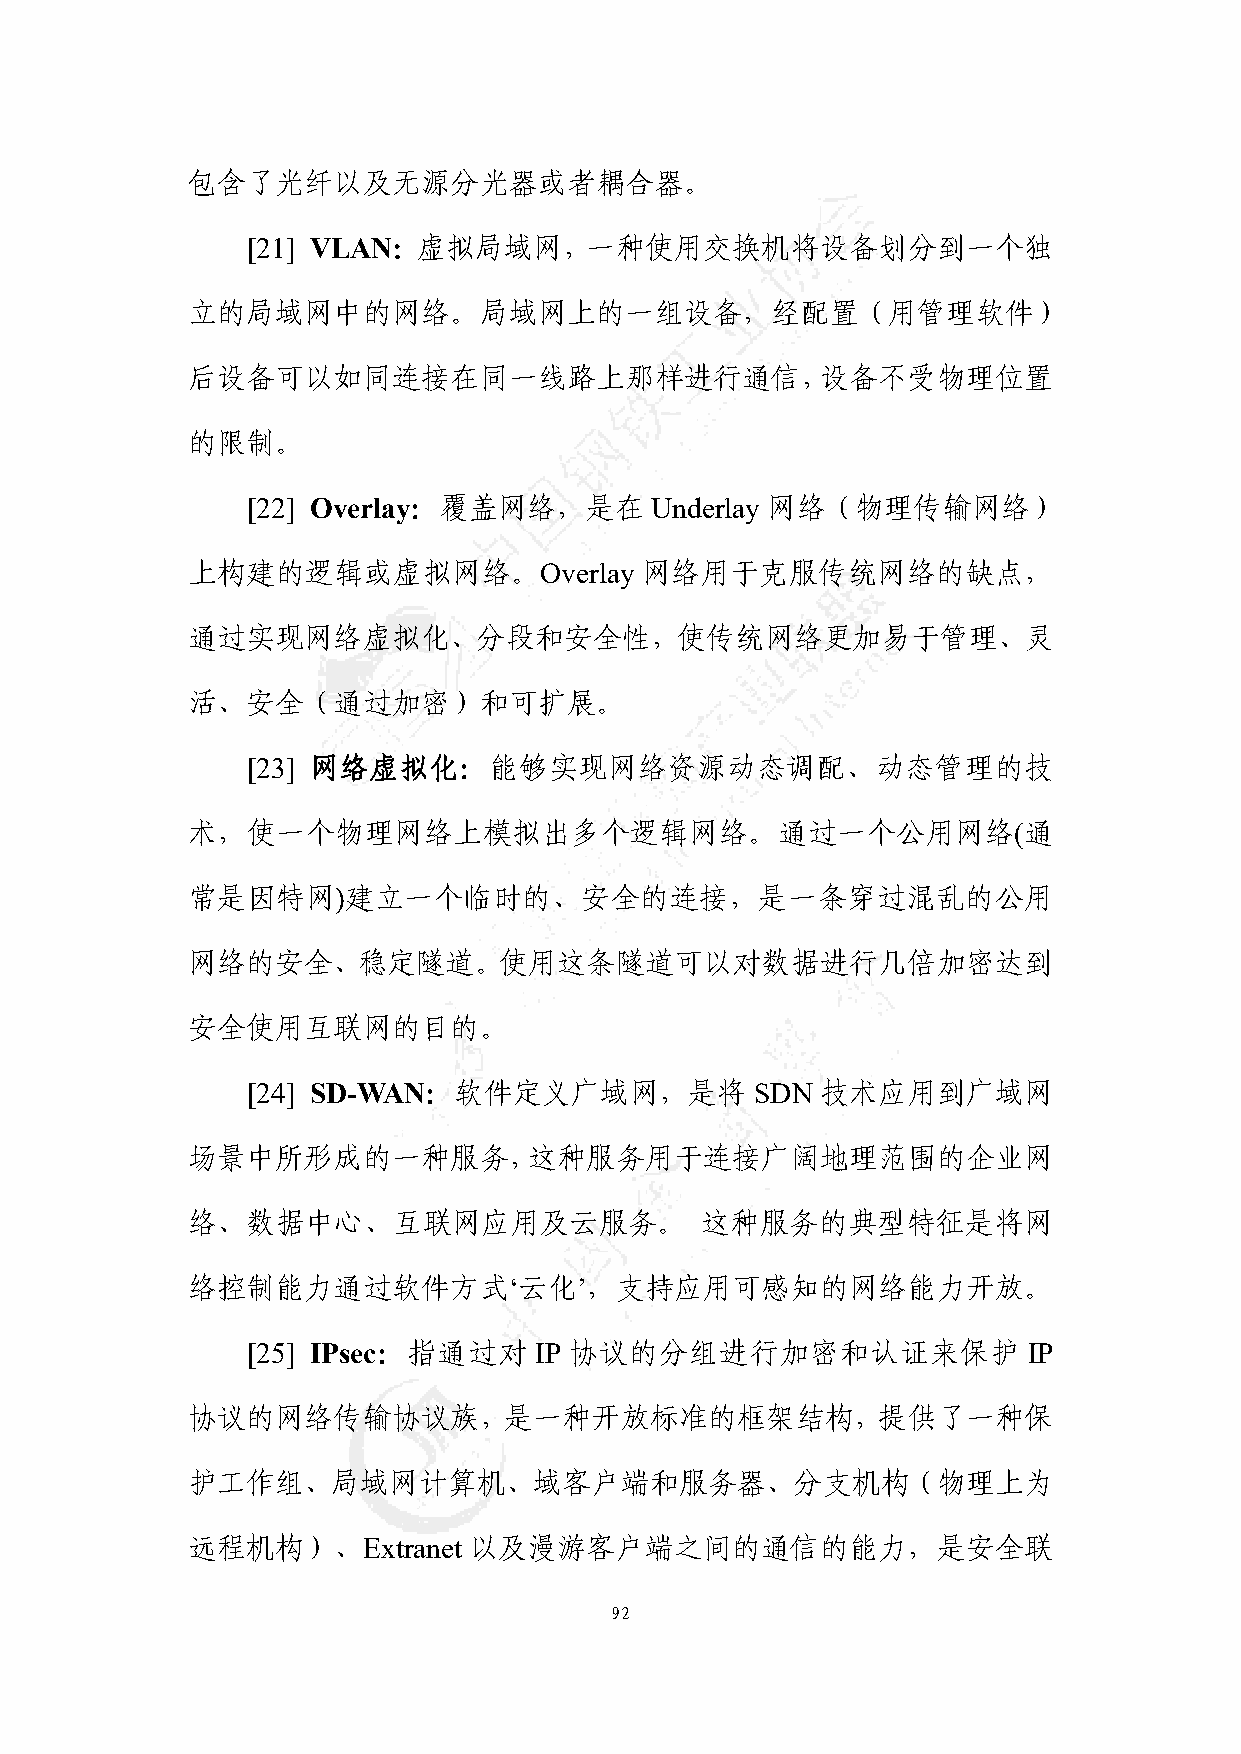
包含了光纤以及无源分光器或者耦合器。
 [21] VLAN：虚拟局域网，一种使用交换机将设备划分到一个独
 立的局域网中的网络。局域网上的一组设备，经配置（用管理软件）
 后设备可以如同连接在同一线路上那样进行通信，设备不受物理位置
 的限制。
 [22] Overlay：覆盖网络，是在       Underlay 网络（物理传输网络）
 上构建的逻辑或虚拟网络。Overlay           网络用于克服传统网络的缺点，
 通过实现网络虚拟化、分段和安全性，使传统网络更加易于管理、灵
 活、安全（通过加密）和可扩展。
 [23] 网络虚拟化：能够实现网络资源动态调配、动态管理的技
 术，使一个物理网络上模拟出多个逻辑网络。通过一个公用网络(通
 常是因特网)建立一个临时的、安全的连接，是一条穿过混乱的公用
 网络的安全、稳定隧道。使用这条隧道可以对数据进行几倍加密达到
 安全使用互联网的目的。
 [24] SD-WAN：软件定义广域网，是将            SDN 技术应用到广域网
 场景中所形成的一种服务，这种服务用于连接广阔地理范围的企业网
 络、数据中心、互联网应用及云服务。                 这种服务的典型特征是将网
 络控制能力通过软件方式‘云化’，支持应用可感知的网络能力开放。
 [25] IPsec：指通过对    IP 协议的分组进行加密和认证来保护               IP
 协议的网络传输协议族，是一种开放标准的框架结构，提供了一种保
 护工作组、局域网计算机、域客户端和服务器、分支机构（物理上为
 远程机构）、Extranet     以及漫游客户端之间的通信的能力，是安全联
 92